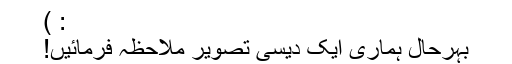
: )
بہرحال ہماری ایک دیسی تصویر ملاحظہ فرمائیں!